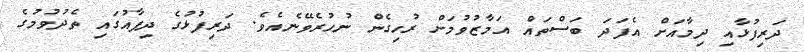
ދަރިފުޅާއި ދިމާއަށް އެފަދަ ބަސްތައް އަމާޒުވުމަށް ރުހިގެން ނުހުރެވޭނެއެވެ. ދަރިފުޅުގެ ދިފާއުގައި ތެދުވުމުގެ